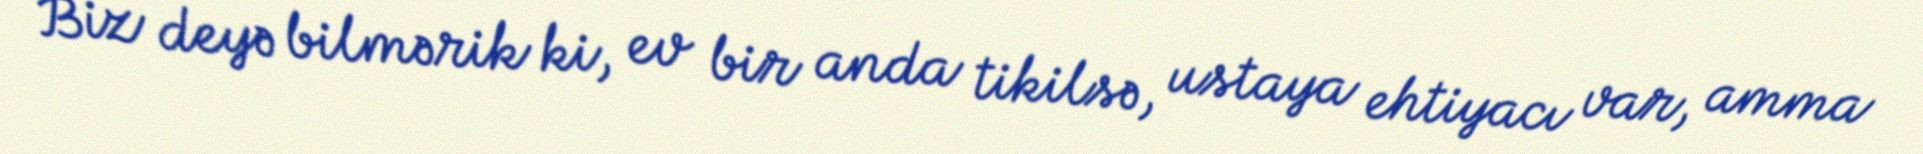
Biz deyə bilmərik ki, ev bir anda tikilsə, ustaya ehtiyacı var, amma